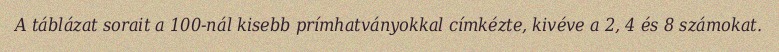
A táblázat sorait a 100-nál kisebb prímhatványokkal címkézte, kivéve a 2, 4 és 8 számokat.